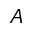
A